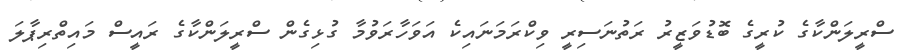
ސްރީލަންކާގެ ކުރީގެ ބޮޑުވަޒީރު ރަތުނަސިރީ ވިކްރަމަނައިކެ އަވަހާރަވުމާ ގުޅިގެން ސްރީލަންކާގެ ރައީސް މައިތްރިޕާލަ